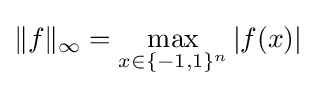
\|f\|_{\infty }=\max _{x\in \{-1,1\}^{n}}|f(x)|